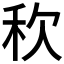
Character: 𮂸